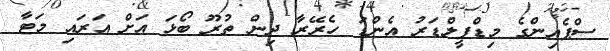
ސްޕެއިންގެ މިޑްފީލްޑަރު އެންޑަ ހެރޭރާ ދިން ތުރޫ ބޯޅަ އަށް އަރައި މަޓާ